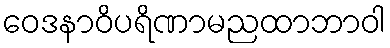
ဝေဒနာဝိပရိဏာမညထာဘာဝါ